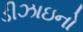
ડીઝાઇનો